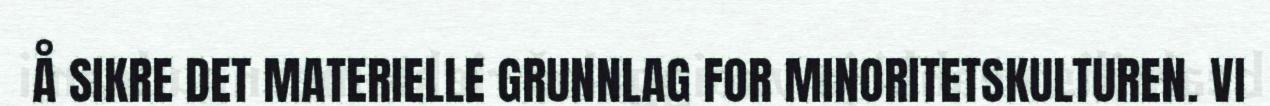
Å SIKRE DET MATERIELLE GRUNNLAG FOR MINORITETSKULTUREN. VI